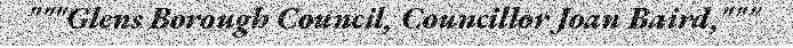
"""Glens Borough Council, Councillor Joan Baird,"""